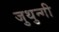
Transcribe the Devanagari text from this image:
जुथुन्गी